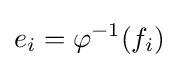
e_{i}=\varphi ^{-1}(f_{i})